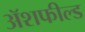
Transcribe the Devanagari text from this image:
ॲशफील्ड